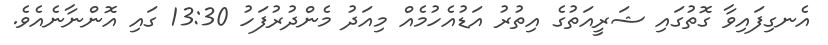
އެނގިފައިވާ ގޮތުގައި ޝަރީއަތުގެ އިތުރު އަޑުއެހުމެއް މިއަދު މެންދުރުފަހު 13:30 ގައި އޮންނާނެއެވެ.